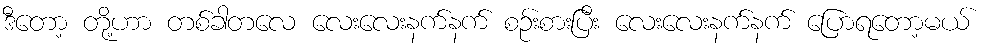
ဒီတော့ တို့ဟာ တစ်ခါတလေ လေးလေးနက်နက် စဉ်းစားပြီး လေးလေးနက်နက် ပြောရတော့မယ်